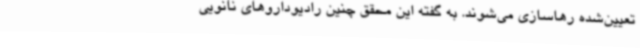
تعیین‌شده رهاسازی می‌شوند. به گفته این محقق چنین رادیوداروهای نانویی